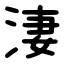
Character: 淒